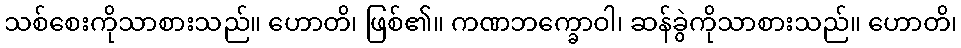
သစ်စေးကိုသာစားသည်။ ဟောတိ၊ ဖြစ်၏။ ကဏဘက္ခောဝါ၊ ဆန်ခွဲကိုသာစားသည်။ ဟောတိ၊